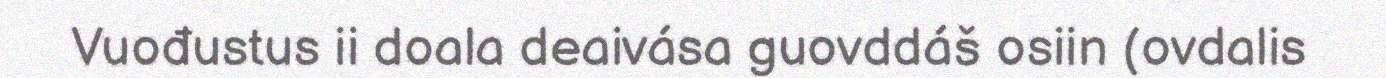
Vuođustus ii doala deaivása guovddáš osiin (ovdalis